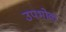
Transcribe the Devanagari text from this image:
उपभोक